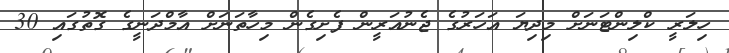
ހިލަރީ ކްލިންޓަނަށް މިދިޔަ އަހަރުގެ ޖެނުއަރީން ފެށިގެން މިހާތަނަށް އާމްދަނީގެ ގޮތުގައި 30